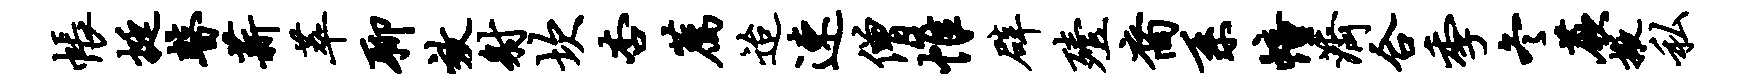
帐挺瞽薪萃聊效射坎杏荐迨速僧帷辟殪裔系幢济合季冬蕨掖私